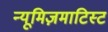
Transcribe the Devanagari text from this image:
न्यूमिज़माटिस्ट